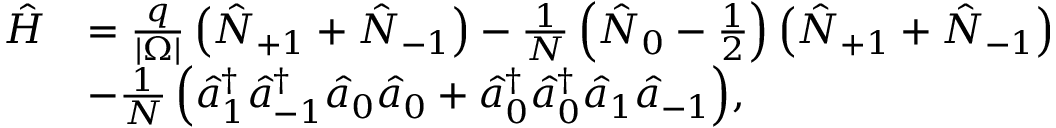
\begin{array} { r l } { \hat { H } } & { = \frac { q } { | \Omega | } \left( \hat { N } _ { + 1 } + \hat { N } _ { - 1 } \right) - \frac { 1 } { N } \left( \hat { N } _ { 0 } - \frac { 1 } { 2 } \right) \left( \hat { N } _ { + 1 } + \hat { N } _ { - 1 } \right) } \\ & { - \frac { 1 } { N } \left( \hat { a } _ { 1 } ^ { \dagger } \hat { a } _ { - 1 } ^ { \dagger } \hat { a } _ { 0 } \hat { a } _ { 0 } + \hat { a } _ { 0 } ^ { \dagger } \hat { a } _ { 0 } ^ { \dagger } \hat { a } _ { 1 } \hat { a } _ { - 1 } \right) \! , } \end{array}